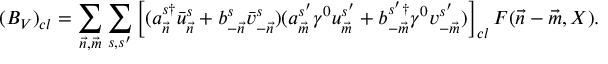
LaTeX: ( { \cal B } _ { V } ) _ { c l } = \sum _ { { \vec { n } } , { \vec { m } } } \sum _ { s , s ^ { \prime } } \left[ ( a _ { \vec { n } } ^ { s \dagger } \bar { u } _ { \vec { n } } ^ { s } + b _ { - { \vec { n } } } ^ { s } \bar { v } _ { - { \vec { n } } } ^ { s } ) ( a _ { \vec { m } } ^ { s ^ { \prime } } \gamma ^ { 0 } u _ { \vec { m } } ^ { s ^ { \prime } } + b _ { - { \vec { m } } } ^ { s ^ { \prime } \dagger } \gamma ^ { 0 } v _ { - { \vec { m } } } ^ { s ^ { \prime } } ) \right] _ { c l } F ( { \vec { n } } - { \vec { m } } , X ) .